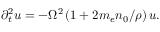
\partial _ { t } ^ { 2 } \boldsymbol { u } = - \Omega ^ { 2 } \left( 1 + 2 m _ { e } n _ { 0 } / \rho \right) \boldsymbol { u } .